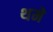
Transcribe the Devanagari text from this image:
थमे